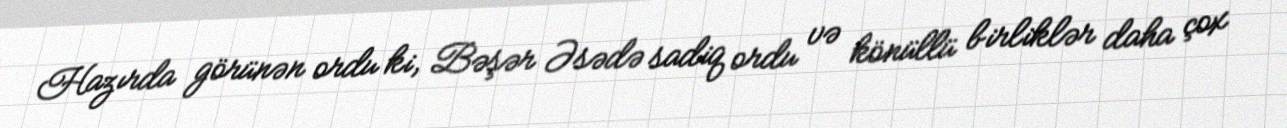
Hazırda görünən ordu ki, Bəşər Əsədə sadiq ordu və könüllü birliklər daha çox